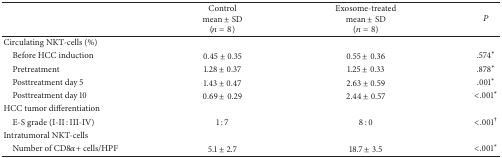
|  | Controlmean ± SD(n = 8) | Exosome-treatedmean ± SD(n = 8) | P |
 | --- | --- | --- | --- |
 | Circulating NKT-cells (%) |  |  |  |
 | Before HCC induction | 0.45 ± 0.35 | 0.55 ± 0.36 | .574* |
 | Pretreatment | 1.28 ± 0.37 | 1.25 ± 0.33 | .878* |
 | Posttreatment day 5 | 1.43 ± 0.47 | 2.63 ± 0.59 | .001* |
 | Posttreatment day 10 | 0.69 ± 0.29 | 2.44 ± 0.57 | <.001* |
 | HCC tumor differentiation |  |  |  |
 | E-S grade (I-II : III-IV) | 1 : 7 | 8 : 0 | <.001† |
 | Intratumoral NKT-cells |  |  |  |
 | Number of CD8α+ cells/HPF | 5.1 ± 2.7 | 18.7 ± 3.5 | <.001* |